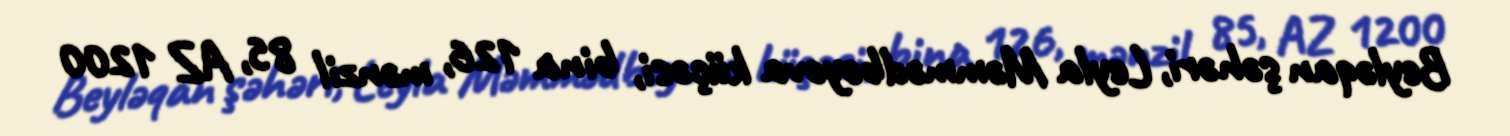
Beyləqan şəhəri, Leyla Məmmədbəyova küçəsi, bina 126, mənzil 85, AZ 1200